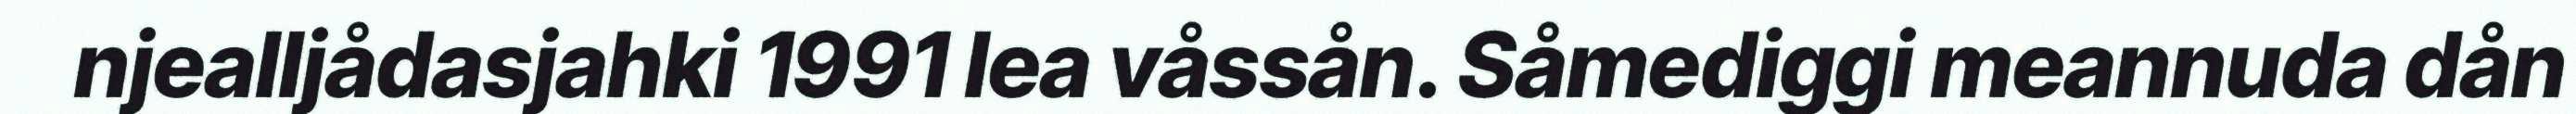
njealljådasjahki 1991 lea våssån. Såmediggi meannuda dån